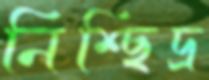
নিশ্ছিদ্র